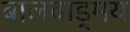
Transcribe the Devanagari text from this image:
बालवाड्मय